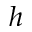
h